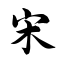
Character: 宋